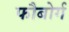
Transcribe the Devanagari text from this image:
फौबोर्ग